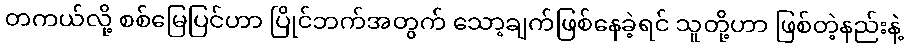
တကယ်လို့ စစ်မြေပြင်ဟာ ပြိုင်ဘက်အတွက် သော့ချက်ဖြစ်နေခဲ့ရင် သူတို့ဟာ ဖြစ်တဲ့နည်းနဲ့